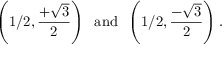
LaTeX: \left( 1 / 2 , { \frac { + { \sqrt { 3 } } } { 2 } } \right) \; \; \mathrm { a n d } \; \; \left( 1 / 2 , { \frac { - { \sqrt { 3 } } } { 2 } } \right) .